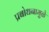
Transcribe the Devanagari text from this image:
प्रबोधनामुळे